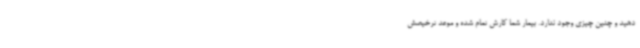
دهید و چنین چیزی وجود ندارد. بیمار شما کارش تمام شده و موعد ترخیصش